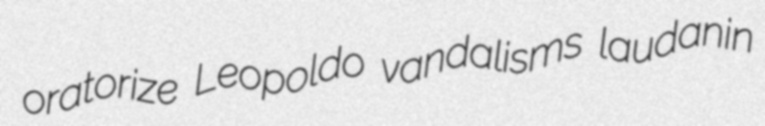
oratorize Leopoldo vandalisms laudanin